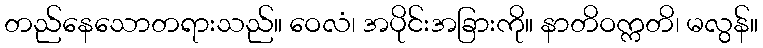
တည်နေသောတရားသည်။ ဝေလံ၊ အပိုင်းအခြားကို။ နာတိဝက္ကတိ၊ မလွန်။